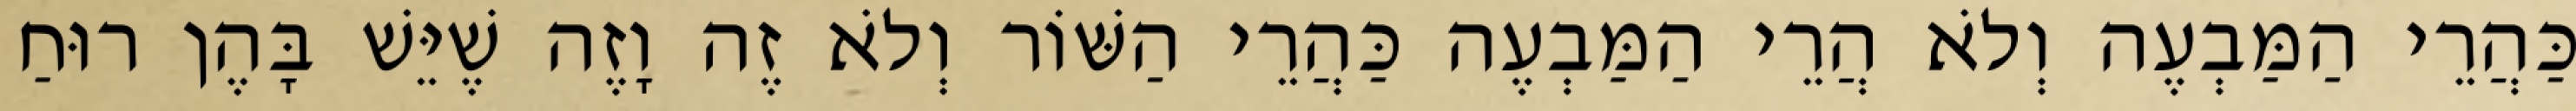
כַּהֲרֵי הַמַּבְעֶה וְלֹא הֲרֵי הַמַּבְעֶה כַּהֲרֵי הַשּׁוֹר וְלֹא זֶה וָזֶה שֶׁיֵּשׁ בָּהֶן רוּחַ